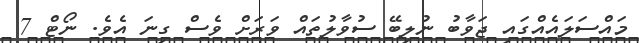
މައްސަލައެއްގައި ޖަވާބު ނުލިބޭ ސުވާލުތައް ވަރަށް ވެސް ގިނަ އެވެ. ނޯޓް 7